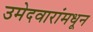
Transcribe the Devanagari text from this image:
उमेदवारांमधून